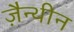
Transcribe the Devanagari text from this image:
ज़ैन्थीन